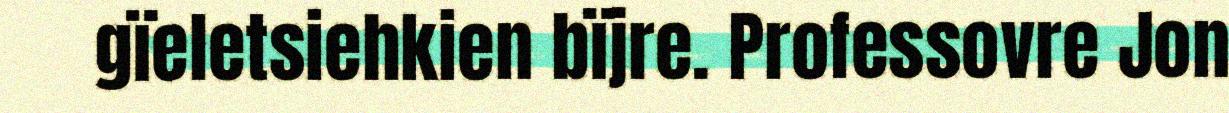
gïeletsiehkien bïjre. Professovre Jon